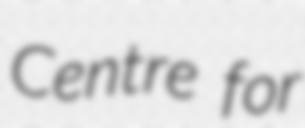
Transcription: Centre for